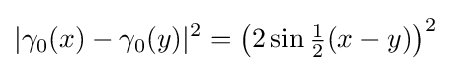
|\gamma _{0}(x)-\gamma _{0}(y)|^{2}={\left(2\sin {\tfrac {1}{2}}(x-y)\right)^{2}}